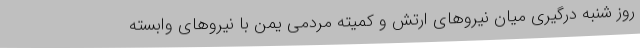
روز شنبه درگیری میان نیروهای ارتش و کمیته مردمی یمن با نیروهای وابسته